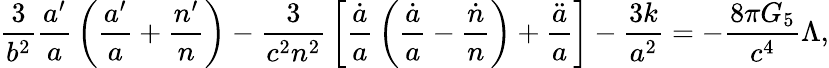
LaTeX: {\frac{3}{b^{2}}}{\frac{a^{\prime}}{a}}\left({\frac{a^{\prime}}{a}}+{\frac{n^{\prime}}{n}}\right)-{\frac{3}{c^{2}n^{2}}}\left[{\frac{\dot{a}}{a}}\left({\frac{\dot{a}}{a}}-{\frac{\dot{n}}{n}}\right)+{\frac{\ddot{a}}{a}}\right]-{\frac{3k}{a^{2}}}=-{\frac{8\pi G_{5}}{c^{4}}}\Lambda,